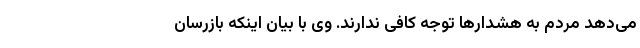
می‌دهد مردم به هشدارها توجه کافی ندارند. وی با بیان اینکه بازرسان